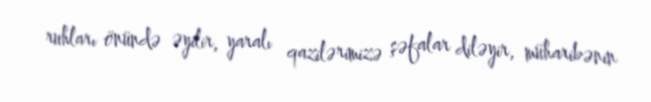
ruhları önündə əyilir, yaralı qazilərimizə şəfalar diləyir, müharibənin